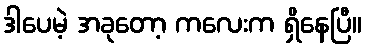
ဒါပေမဲ့ အခုတော့ ကလေးက ရှိနေပြီ။